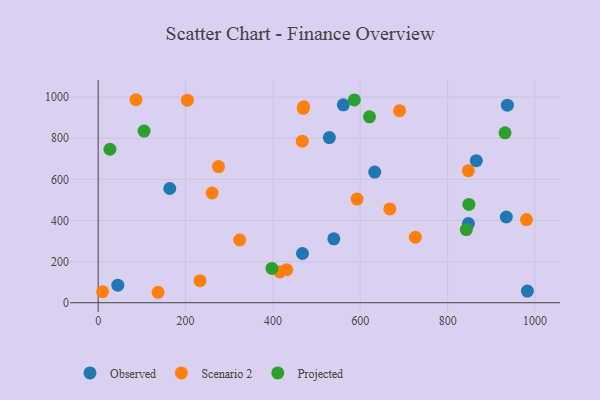
{"axis": {"x": "Experience", "y": "Sales"}, "legend": ["Observed", "Projected", "Scenario 2"], "data": [{"x": "936.7", "y": 960.5, "type": "Observed"}, {"x": "529.2", "y": 803.2, "type": "Observed"}, {"x": "865.6", "y": 690.8, "type": "Observed"}, {"x": "982.5", "y": 56.4, "type": "Observed"}, {"x": "561.2", "y": 962.4, "type": "Observed"}, {"x": "847.5", "y": 384.6, "type": "Observed"}, {"x": "467.7", "y": 239.4, "type": "Observed"}, {"x": "539.4", "y": 310.8, "type": "Observed"}, {"x": "163.9", "y": 555.4, "type": "Observed"}, {"x": "934.3", "y": 416.7, "type": "Observed"}, {"x": "45.0", "y": 85.2, "type": "Observed"}, {"x": "633.1", "y": 635.3, "type": "Observed"}, {"x": "204.2", "y": 985.0, "type": "Scenario 2"}, {"x": "667.6", "y": 456.0, "type": "Scenario 2"}, {"x": "323.9", "y": 304.9, "type": "Scenario 2"}, {"x": "726.0", "y": 318.6, "type": "Scenario 2"}, {"x": "469.5", "y": 945.0, "type": "Scenario 2"}, {"x": "416.2", "y": 149.9, "type": "Scenario 2"}, {"x": "980.4", "y": 404.4, "type": "Scenario 2"}, {"x": "137.1", "y": 50.8, "type": "Scenario 2"}, {"x": "467.2", "y": 785.7, "type": "Scenario 2"}, {"x": "275.4", "y": 662.2, "type": "Scenario 2"}, {"x": "431.7", "y": 160.7, "type": "Scenario 2"}, {"x": "592.6", "y": 504.0, "type": "Scenario 2"}, {"x": "470.6", "y": 952.9, "type": "Scenario 2"}, {"x": "689.9", "y": 933.8, "type": "Scenario 2"}, {"x": "233.1", "y": 107.4, "type": "Scenario 2"}, {"x": "10.2", "y": 53.3, "type": "Scenario 2"}, {"x": "86.5", "y": 987.0, "type": "Scenario 2"}, {"x": "847.3", "y": 641.9, "type": "Scenario 2"}, {"x": "260.8", "y": 533.6, "type": "Scenario 2"}, {"x": "26.9", "y": 746.2, "type": "Projected"}, {"x": "842.7", "y": 355.7, "type": "Projected"}, {"x": "105.1", "y": 834.7, "type": "Projected"}, {"x": "931.4", "y": 826.0, "type": "Projected"}, {"x": "397.8", "y": 166.6, "type": "Projected"}, {"x": "586.4", "y": 985.8, "type": "Projected"}, {"x": "621.1", "y": 904.1, "type": "Projected"}, {"x": "848.5", "y": 477.9, "type": "Projected"}]}